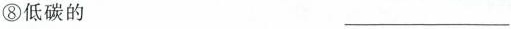
⑧低碳的 ___